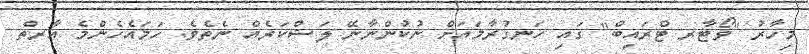
މިހާރު "ވޯޓާރ ޓްރައިބް" ގައި ހަނގުރާމައަށް ނުކުންނާނޭ ލަޝްކަރެއް ނެތެވެ. ހަމައެހެންމެ އާރތް